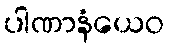
ပါဏာနံယေဝ